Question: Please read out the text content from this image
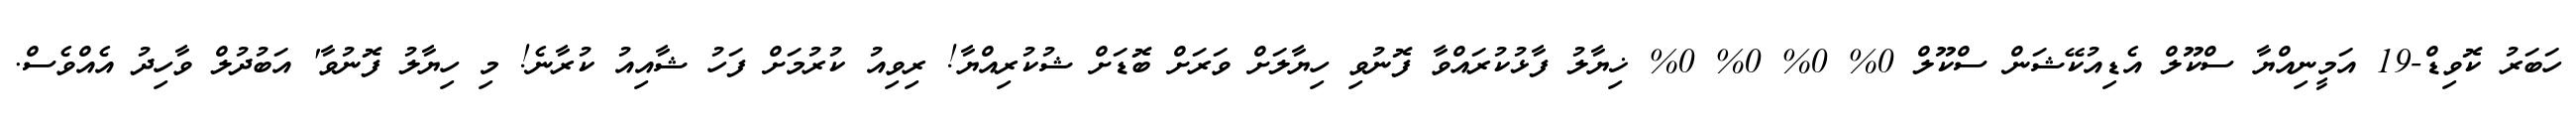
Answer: ހަބަރު ކޮވިޑް-19 އަމީނިއްޔާ ސްކޫލް އެޑިއުކޭޝަން ސްކޫލް 0% 0% 0% 0% ޚިޔާލު ފާޅުކުރައްވާ ފޮނުވި ހިޔާލަށް ވަރަށް ބޮޑަށް ޝުކުރިއްޔާ! ރިވިއު ކުރުމަށް ފަހު ޝާއިއު ކުރާނެ! މި ހިޔާލު ފޮނުވާ' އަބުދުލް ވާހިދު އެއްވެސް.